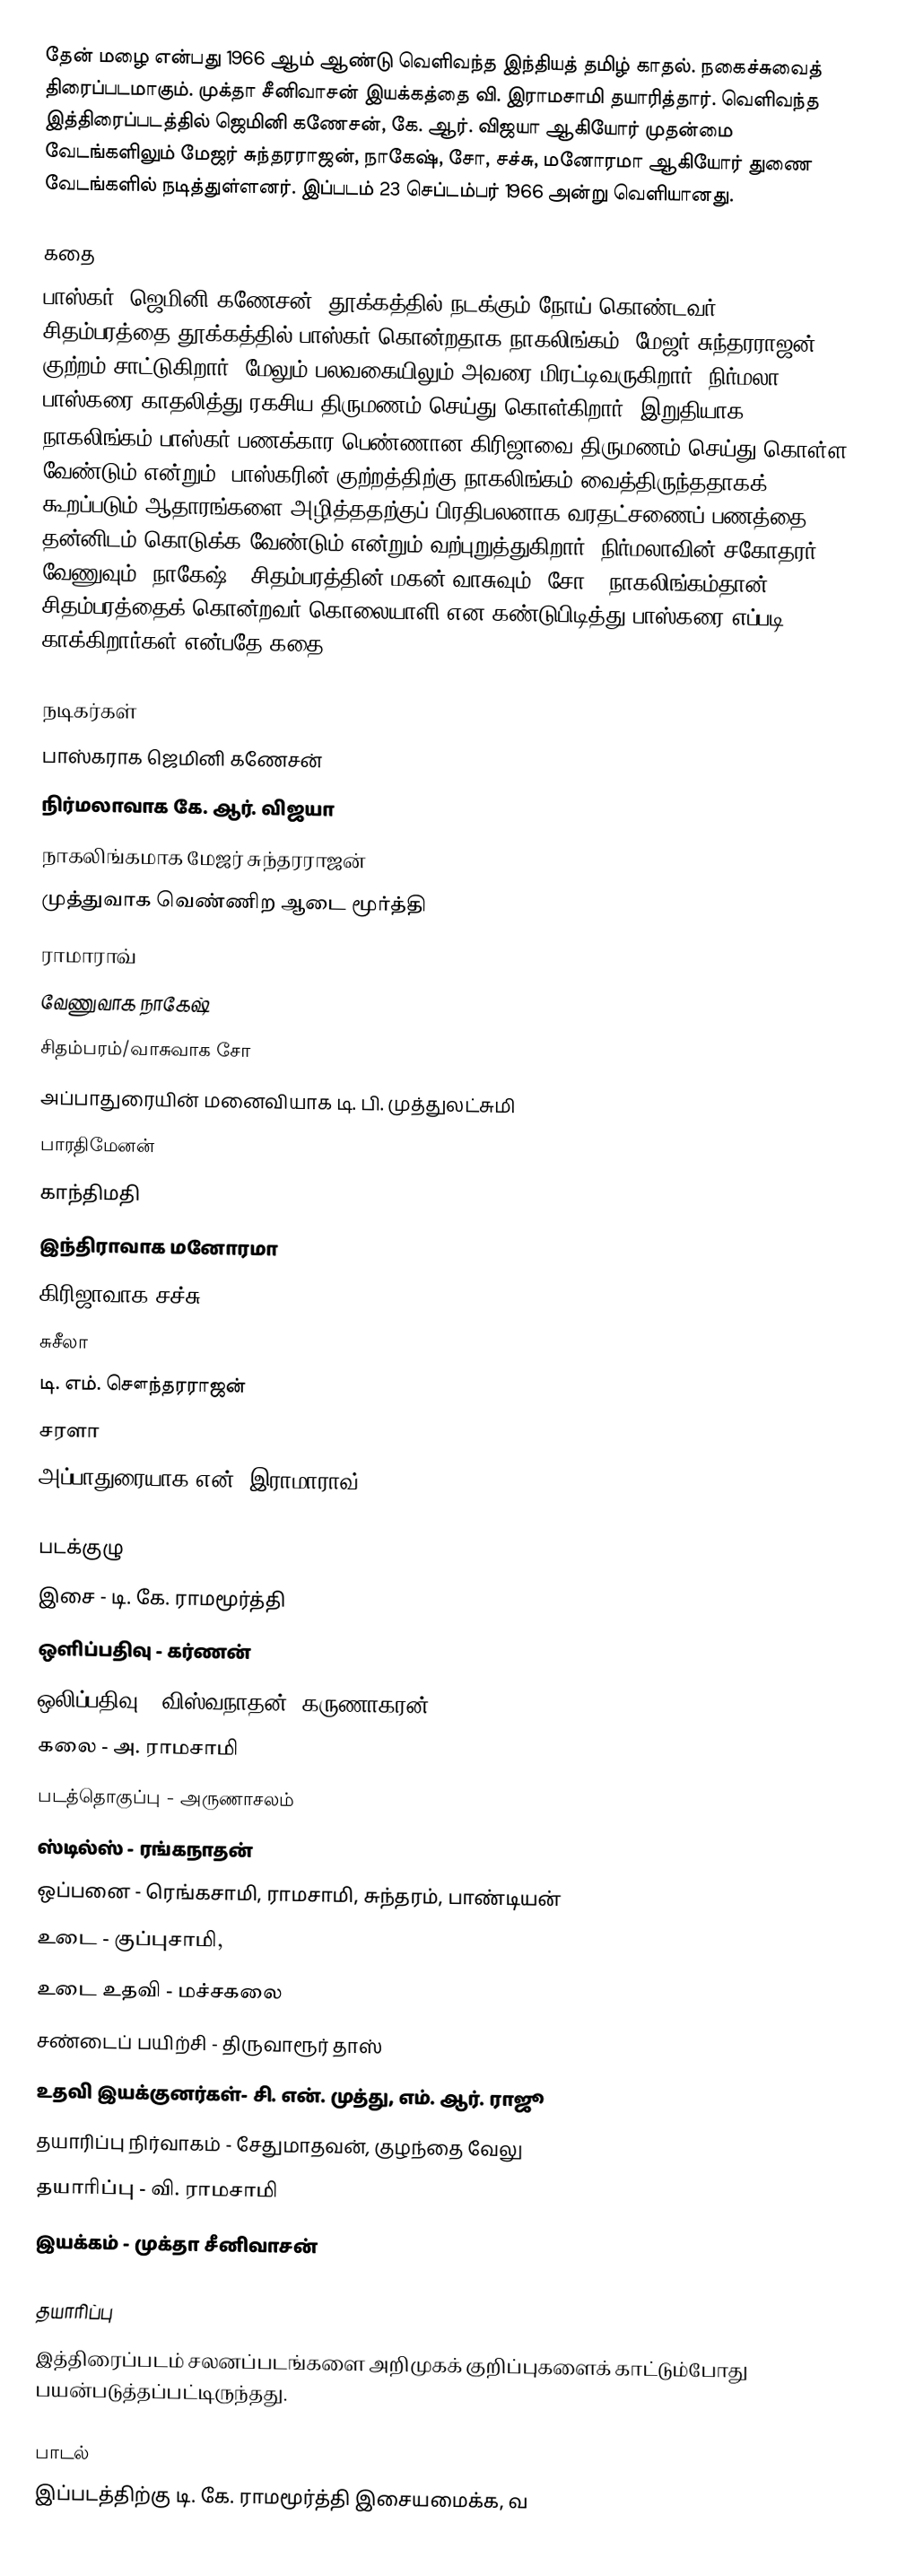
தேன் மழை என்பது 1966 ஆம் ஆண்டு வெளிவந்த இந்தியத் தமிழ் காதல். நகைச்சுவைத் திரைப்படமாகும். முக்தா சீனிவாசன் இயக்கத்தை வி. இராமசாமி தயாரித்தார். வெளிவந்த இத்திரைப்படத்தில் ஜெமினி கணேசன், கே. ஆர். விஜயா ஆகியோர் முதன்மை வேடங்களிலும்  மேஜர் சுந்தரராஜன், நாகேஷ், சோ, சச்சு, மனோரமா ஆகியோர் துணை வேடங்களில் நடித்துள்ளனர். இப்படம் 23 செப்டம்பர் 1966 அன்று வெளியானது.

கதை
பாஸ்கர் (ஜெமினி கணேசன்) தூக்கத்தில் நடக்கும் நோய் கொண்டவர். சிதம்பரத்தை தூக்கத்தில் பாஸ்கர் கொன்றதாக நாகலிங்கம் (மேஜர் சுந்தரராஜன்) குற்றம் சாட்டுகிறார். மேலும் பலவகையிலும் அவரை மிரட்டிவருகிறார். நிர்மலா பாஸ்கரை காதலித்து ரகசிய திருமணம் செய்து கொள்கிறார். இறுதியாக, நாகலிங்கம் பாஸ்கர் பணக்கார பெண்ணான கிரிஜாவை திருமணம் செய்து கொள்ள வேண்டும் என்றும், பாஸ்கரின் குற்றத்திற்கு நாகலிங்கம் வைத்திருந்ததாகக் கூறப்படும் ஆதாரங்களை அழித்ததற்குப் பிரதிபலனாக வரதட்சணைப் பணத்தை தன்னிடம் கொடுக்க வேண்டும் என்றும் வற்புறுத்துகிறார். நிர்மலாவின் சகோதரர், வேணுவும் (நாகேஷ்), சிதம்பரத்தின் மகன் வாசுவும் (சோ), நாகலிங்கம்தான் சிதம்பரத்தைக் கொன்றவர் கொலையாளி என கண்டுபிடித்து பாஸ்கரை எப்படி காக்கிறார்கள் என்பதே கதை.

நடிகர்கள்
பாஸ்கராக ஜெமினி கணேசன்
 நிர்மலாவாக கே. ஆர். விஜயா
 நாகலிங்கமாக மேஜர் சுந்தரராஜன்
 முத்துவாக வெண்ணிற ஆடை மூர்த்தி
 ராமாராவ்
 வேணுவாக நாகேஷ்
 சிதம்பரம்/வாசுவாக சோ
 அப்பாதுரையின் மனைவியாக டி. பி. முத்துலட்சுமி
 பாரதிமேனன்
 காந்திமதி
 இந்திராவாக மனோரமா
 கிரிஜாவாக சச்சு
 சுசீலா
 டி. எம். சௌந்தரராஜன்
 சரளா
 அப்பாதுரையாக என். இராமாராவ்

படக்குழு
 இசை - டி. கே. ராமமூர்த்தி
 ஒளிப்பதிவு - கர்ணன்
 ஒலிப்பதிவு - விஸ்வநாதன், கருணாகரன்
 கலை - அ. ராமசாமி
 படத்தொகுப்பு - அருணாசலம்
 ஸ்டில்ஸ் - ரங்கநாதன்
 ஒப்பனை - ரெங்கசாமி, ராமசாமி, சுந்தரம், பாண்டியன்
 உடை - குப்புசாமி,
 உடை உதவி - மச்சகலை
 சண்டைப் பயிற்சி - திருவாரூர் தாஸ்
 உதவி இயக்குனர்கள்- சி. என். முத்து, எம். ஆர். ராஜூ
 தயாரிப்பு நிர்வாகம் - சேதுமாதவன், குழந்தை வேலு
 தயாரிப்பு - வி. ராமசாமி
 இயக்கம் - முக்தா சீனிவாசன்

தயாரிப்பு
இத்திரைப்படம் சலனப்படங்களை அறிமுகக் குறிப்புகளைக் காட்டும்போது பயன்படுத்தப்பட்டிருந்தது.

பாடல்
இப்படத்திற்கு டி. கே. ராமமூர்த்தி இசையமைக்க, வ